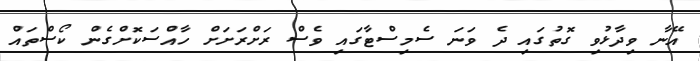
އޭނާ ވިދާޅުވި ގޮތުގައި ދެ ވަނަ ސެމިސްޓާގައި ވެސް ރަށްރަށަށް ހާއްސަކޮށްގެން ކޯސްތައް